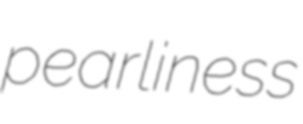
pearliness